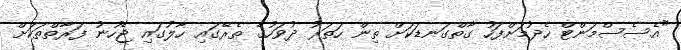
"އެސެސްމަންޓް ހެދުމަށްފަހު ގާތްގަނޑަކަށް ތިން ހަތަރު ދުވަހުގެ ތެރޭގައި ހާލުގައި ޖެހުނު ފަރާތްތަކަށް